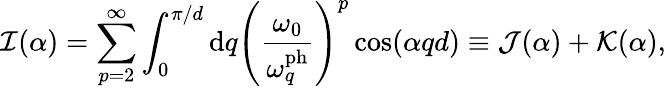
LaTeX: \mathcal{I}(\alpha)=\sum_{p=2}^{\infty}\int_{0}^{\pi/d}\mathrm{d}q\left(\frac{\omega_{0}}{\omega_{q}^{\mathrm{ph}}}\right)^{p}\cos(\alpha qd)\equiv\mathcal{J}(\alpha)+\mathcal{K}(\alpha),